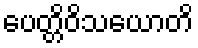
ပေတ္တိဝိသယောတိ